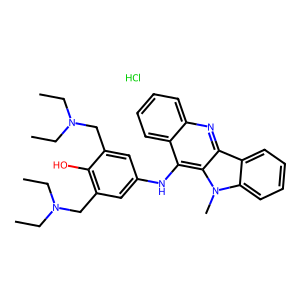
SMILES: CCN(CC)Cc1cc(Nc2c3ccccc3nc3c4ccccc4n(C)c23)cc(CN(CC)CC)c1O.Cl
Inhibits HIV replication: No